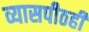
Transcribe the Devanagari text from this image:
व्यासपीठही